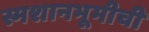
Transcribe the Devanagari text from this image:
स्मशानभूमीची